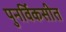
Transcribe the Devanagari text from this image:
पुनर्विकसीत